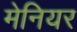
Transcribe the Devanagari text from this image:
मेनियर